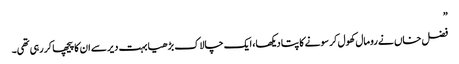
”
فضل خاں نے رومال کھول کر سونے کا پتا دیکھا، ایک چالاک بڑھیا بہت دیر سے ان کا پیچھا کر رہی تھی۔